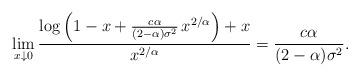
LaTeX: \begin{gather*} \lim_{x\downarrow 0} \frac{\log\left(1-x+\frac{c\alpha}{(2-\alpha)\sigma^2}\,x^{2/\alpha}\right)+x}{x^{2/\alpha}} = \frac{c\alpha}{(2-\alpha)\sigma^2}.\end{gather*}